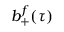
b _ { + } ^ { f } ( \tau )